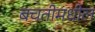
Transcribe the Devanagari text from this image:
बचतीमधील